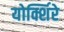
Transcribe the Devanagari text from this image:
योर्क्शिरे